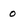
Character: 0